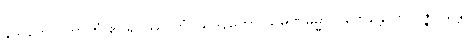
နယတေ ပဘာတံ ဧဝရူပဿာဟံ ဩဒနိကော သမဏဓမ္မာ ဝတ္တေန္တောတိ ပဇ္ဇလန္တော